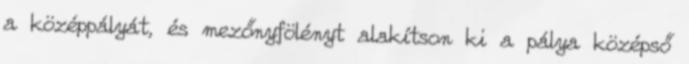
a középpályát, és mezőnyfölényt alakítson ki a pálya középső